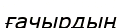
ғачырдың